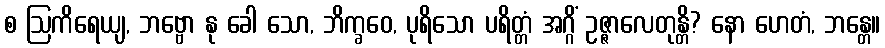
စ ဩကိရေယျ, ဘဗ္ဗော နု ခေါ သော, ဘိက္ခဝေ, ပုရိသော ပရိတ္တံ အဂ္ဂိံ ဥဇ္ဇာလေတုန္တိ? နော ဟေတံ, ဘန္တေ။